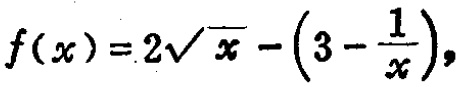
\(f(x)=2\sqrt{x}-\left(3 - \frac{1}{x}\right)\)